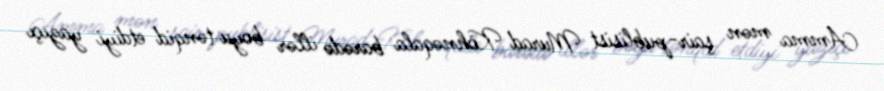
Amma mən şair-publisist Murad Köhnəqala barədə illər boyu tənqid etdiyi yazıçı